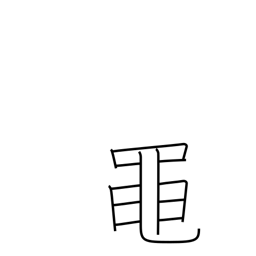
Meaning: green frog